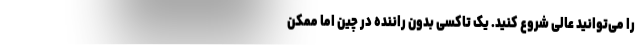
را می‌توانید عالی شروع کنید. یک تاکسی بدون راننده در چین اما ممکن